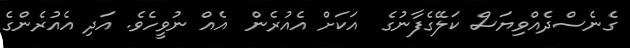
ގެނެސްދެއްވިޔަސް ކަލޭގެފާނުގެ  އަކަށް އެއުރެން  އެއް ނުވީހެވެ. އަދި އެއުރެންގެ